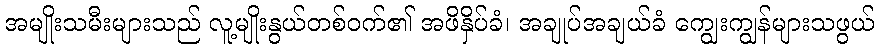
အမျိုးသမီးများသည် လူ့မျိုးနွယ်တစ်ဝက်၏ အဖိနှိပ်ခံ၊ အချုပ်အချယ်ခံ ကျွေးကျွန်များသဖွယ်